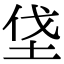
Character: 垡